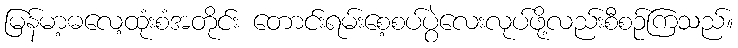
မြန်မာ့ဓလေ့ထုံးစံအတိုင်း တောင်းရမ်းစေ့စပ်ပွဲလေးလုပ်ဖို့လည်းစီစဉ်ကြသည်။